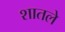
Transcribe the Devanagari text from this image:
शातले